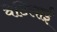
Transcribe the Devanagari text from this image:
वेटिलाई